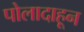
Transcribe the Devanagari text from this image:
पोलादाहून